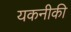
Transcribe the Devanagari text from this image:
यकनीकी